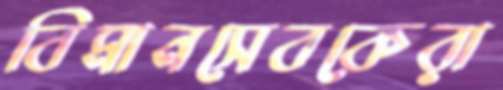
বিমানসেবকেরা